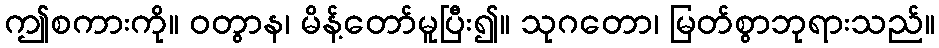
ဤစကားကို။ ဝတွာန၊ မိန့်တော်မူပြီး၍။ သုဂတော၊ မြတ်စွာဘုရားသည်။